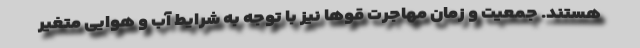
هستند. جمعیت و زمان مهاجرت قوها نیز با توجه به شرایط آب و هوایی متغیر